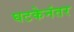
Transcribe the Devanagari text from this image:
घटकेनंतर